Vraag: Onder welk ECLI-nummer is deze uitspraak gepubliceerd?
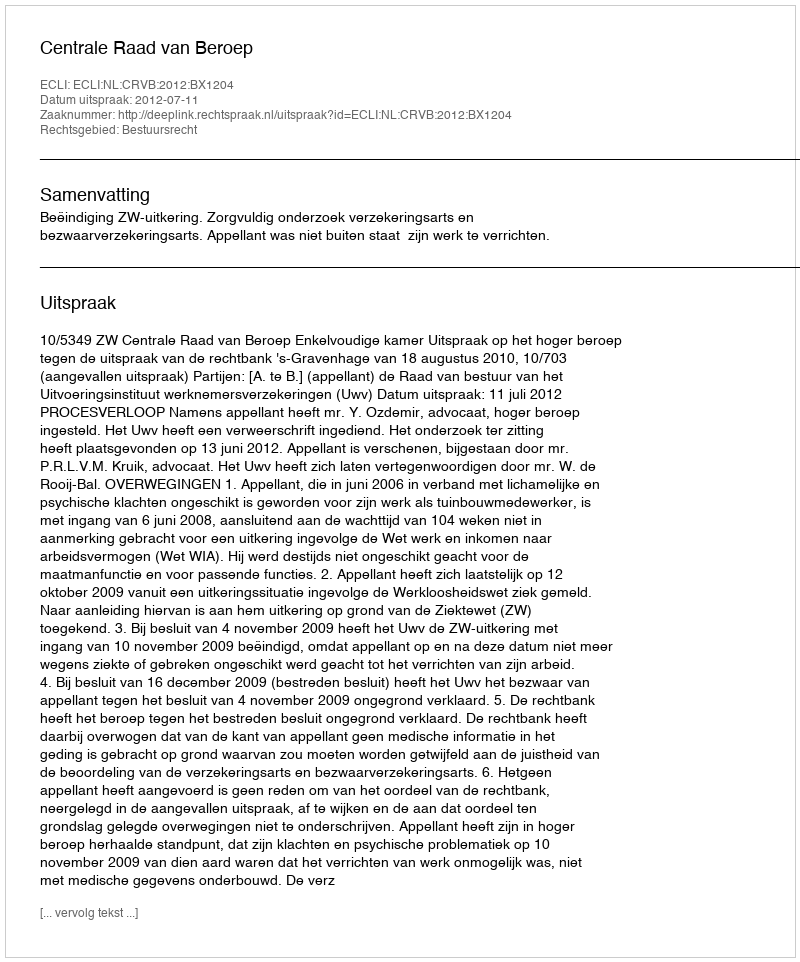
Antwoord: ECLI:NL:CRVB:2012:BX1204